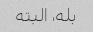
بله، البته